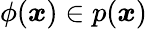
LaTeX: \phi({\boldsymbol{x}})\in p({\boldsymbol{x}})